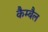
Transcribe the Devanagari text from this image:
कैम्बैल